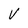
Character: V